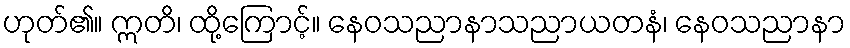
ဟုတ်၏။ ဣတိ၊ ထို့ကြောင့်။ နေဝသညာနာသညာယတနံ၊ နေဝသညာနာ